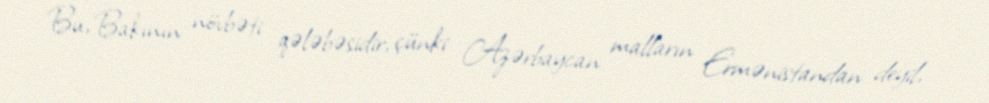
Bu, Bakının növbəti qələbəsidir, çünki Azərbaycan malların Ermənistandan deyil,